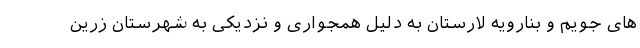
های جویم و بنارویه لارستان به دلیل همجواری و نزدیکی به شهرستان زرین